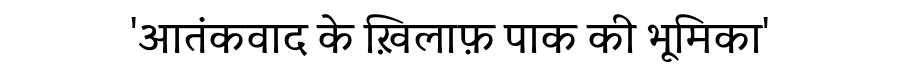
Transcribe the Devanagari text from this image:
'आतंकवाद के ख़िलाफ़ पाक की भूमिका'